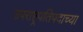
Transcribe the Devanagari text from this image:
उपराष्ट्रपतिपदाच्या